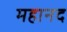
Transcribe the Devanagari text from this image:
महानद